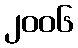
၂၀၀၆